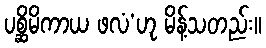
ပစ္ဆိမိကာယ ဖလံ’ဟု မိန့်သတည်း။